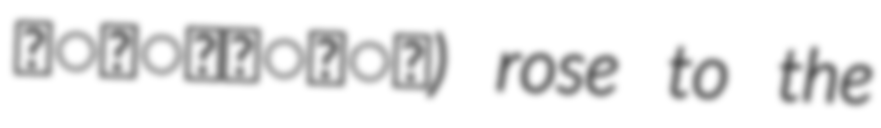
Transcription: अंशुवर्मा) rose to the